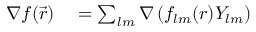
\begin{array} { r l } { \nabla f ( \vec { r } ) } & { { } = \sum _ { l m } \nabla \left( f _ { l m } ( r ) Y _ { l m } \right) } \end{array}